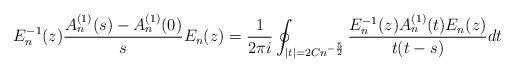
LaTeX: \begin{align*} E_n^{-1}(z) \frac{A_n^{(1)}(s) - A_n^{(1)}(0)}{s} E_n(z)= \frac{1}{2\pi i} \oint_{|t|= 2Cn^{-\frac{5}{2}}}\frac{E_n^{-1}(z) A_n^{(1)}(t) E_n(z)}{t(t-s)} dt \end{align*}